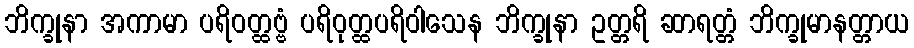
ဘိက္ခုနာ အကာမာ ပရိဝတ္ထဗ္ဗံ ပရိဝုတ္ထပရိဝါသေန ဘိက္ခုနာ ဥတ္တရိ ဆာရတ္တံ ဘိက္ခုမာနတ္တာယ